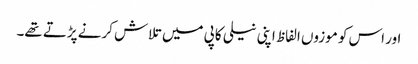
اور اس کو موزوں الفاظ اپنی نیلی کاپی میں تلاش کرنے پڑتے تھے۔